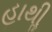
હાથીૢ